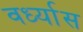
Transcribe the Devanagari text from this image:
वर्ध्यास